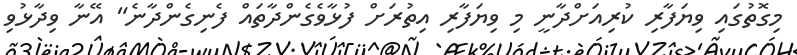
މިގޮތުގައި ވިޔަފާރި ކުރިއަށްދާނީ މި ވިޔަފާރި އިތުރަށް ފުޅާވެގެންދާތައް ފެނިގެންދާނެ" އޭނާ ވިދާޅުވި